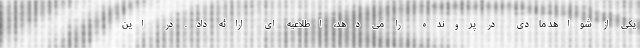
یکی از شواهد مادی در پرونده را می دهد، اطلاعیه ای ارائه داد. در این